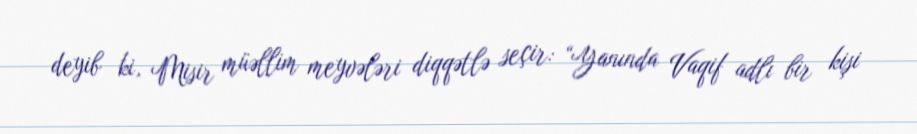
deyib ki, Misir müəllim meyvələri diqqətlə seçir: “Yanında Vaqif adlı bir kişi